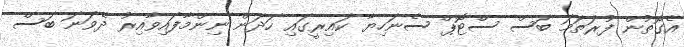
އެގޮތުން ފުރަތަމަ ބަސް ސްޓޮޕް ސެނަހިޔާ ކައިރީގައި ހަދަން ނިންމާފައިވާއިރު ދެވަނަ ބަސް